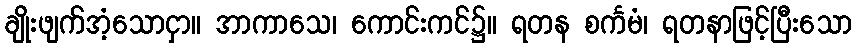
ချိုးဖျက်အံ့သောငှာ။ အာကာသေ၊ ကောင်းကင်၌။ ရတန စင်္ကမံ၊ ရတနာဖြင့်ပြီးသော